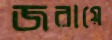
জরায়ে